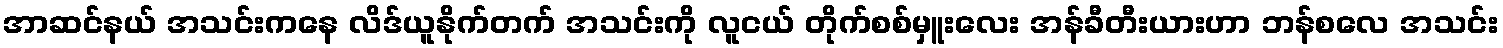
အာဆင်နယ် အသင်းကနေ လိဒ်ယူနိုက်တက် အသင်းကို လူငယ် တိုက်စစ်မှူးလေး အန်ခီတီးယားဟာ ဘန်စလေ အသင်း